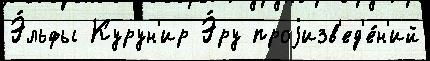
Э́льфы Курун'ир Э́ру проjизв'ед'е́н'ий